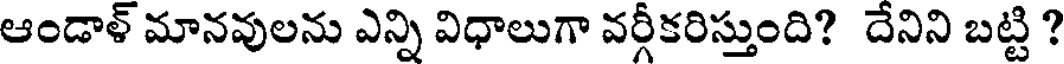
ఆండాళ్ మానవులను ఎన్ని విధాలుగా వర్గీకరిస్తుంది? దేనిని బట్టి ?